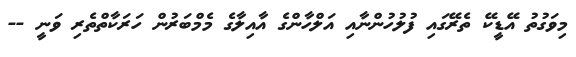
މިވަގުތު އޭޑީކޭ ތެރޭގައި ފުލުހުންނާއި އަލްހާންގެ އާއިލާގެ މެމްބަރުން ހަރަކާތްތެރި ވަނީ --